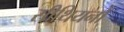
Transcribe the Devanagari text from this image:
सीथियनों